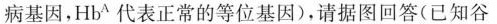
病基因，Hb^{A}代表正常的等位基因)，请据图回答(已知谷